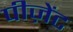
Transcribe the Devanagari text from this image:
पीज़ेंट